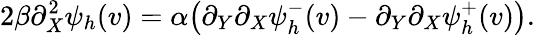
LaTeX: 2\beta\partial_{X}^{2}\psi_{h}(v)=\alpha\big(\partial_{Y}\partial_{X}\psi_{h}^{-}(v)-\partial_{Y}\partial_{X}\psi_{h}^{+}(v)\big).